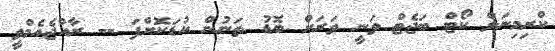
ކްރިމިނަލް ކޯޓް ބަޖެޓް ވަނީ ވަރަށް ބޮޑު ތަނުން ކުޑަކޮށްފަ -- ރާއްޖެއެމްވީ